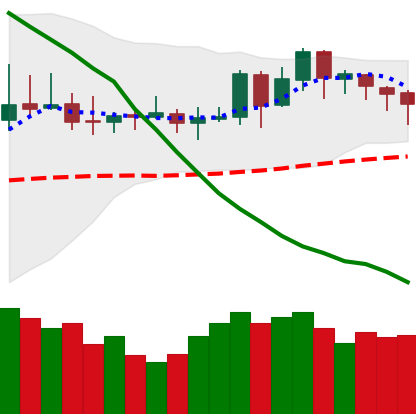
Ticker: DOGE-USD
Chart end date: 2019-11-15
Forward return: -3.801%
Label: down_3_5